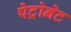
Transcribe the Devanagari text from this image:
पेट्रोनेट